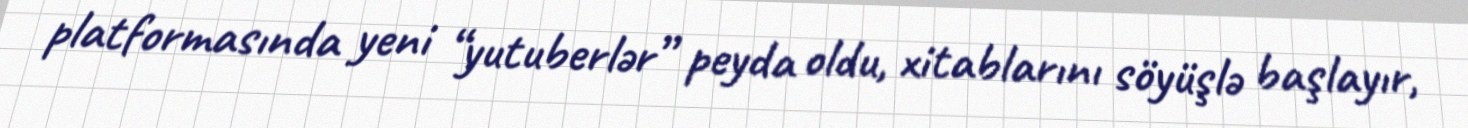
platformasında yeni “yutuberlər” peyda oldu, xitablarını söyüşlə başlayır,